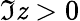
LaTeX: \Im\mathit{z}>0